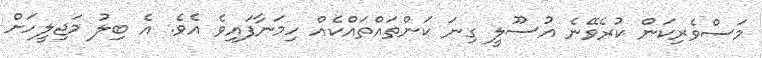
މަސްވެރިކަން ކުރެވޭނެ އުސޫލީ ގިނަ ކަންތައްތައްކެއް ހިމަނާފައިވެ އެވެ. އެ ބިލު މަޖިލީހަށް